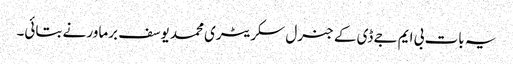
یہ بات بی ایم جے ڈی کے جنرل سکریٹری محمد یوسف برماور نے بتائی۔